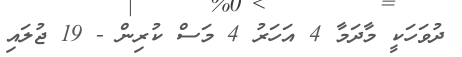
ދުވަހަކީ މާދަމާ 4 އަހަރު 4 މަސް ކުރިން - 19 ޖުލައި